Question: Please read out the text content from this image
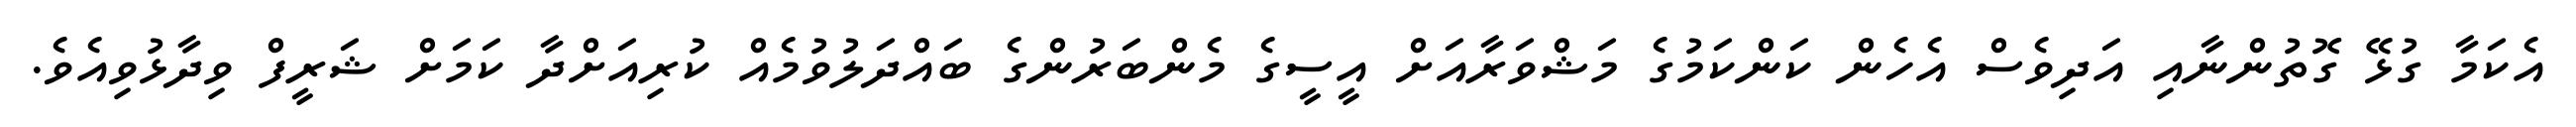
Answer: އެކަމާ ގުޅޭ ގޮތުންނާއި އަދިވެސް އެހެން ކަންކަމުގެ މަޝްވަރާއަށް އީސީގެ މެންބަރުންގެ ބައްދަލުވުމެއް ކުރިއަށްދާ ކަމަށް ޝަރީފް ވިދާޅުވިއެވެ.